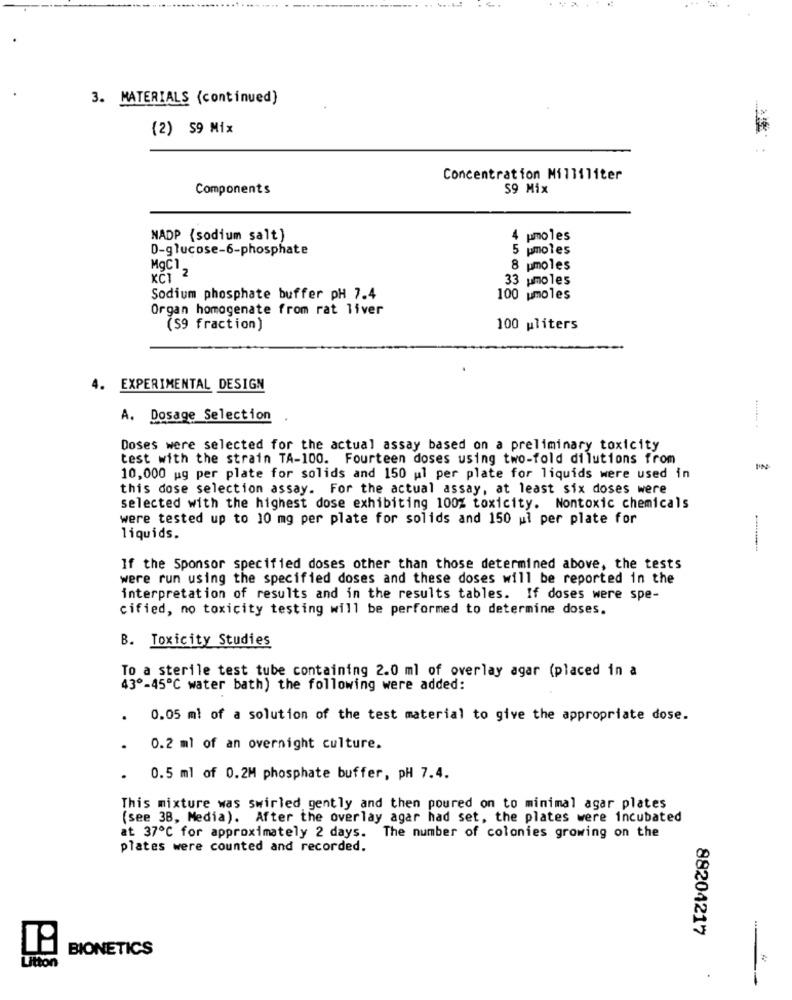
3. MATERIALS (continued)
(2) 59 Mix
Concentration Milliliter
Components
59 Mix
NADP (sodium salt)
4 pmoles
D-glucose-6-phosphate
pmoles
MgC1
8 pmoles
33 pmoles
Sodium phosphate buffer pH 7.4
100 umoles
Organ homogenate from rat liver
(S9 fraction)
100 pliters
4. EXPERIMENTAL DESIGN
A. Dosage Selection
Doses were selected for the actual assay based on a preliminary toxicity
test with the strain TA-100. Fourteen doses using two-fold dilutions from
10,000 ug per plate for solids and 150 ul per plate for liquids were used in
this dose selection assay. For the actual assay, at least six doses were
selected with the highest dose exhibiting 100% toxicity. Nontoxic chemicals
were tested up to 10 mg per plate for solids and 150 ul per plate for
liquids.
If the Sponsor specified doses other than those determined above, the tests
were run using the specified doses and these doses will be reported in the
interpretation of results and in the results tables. If doses were spe-
cified, no toxicity testing will be performed to determine doses.
B. Toxicity Studies
To a sterile test tube containing 2.0 ml of overlay agar (placed in a
43º-45℃ water bath) the following were added:
0.05 ml of a solution of the test material to give the appropriate dose.
0.2 ml of an overnight culture.
0.5 ml of 0.2M phosphate buffer, pH 7.4.
This mixture was swirled gently and then poured on to minimal agar plates
(see 38, Media). After the overlay agar had set, the plates were incubated
at 37℃ for approximately 2 days. The number of colonies growing on the
plates were counted and recorded.
88204217
-
BIONETICS
Litton